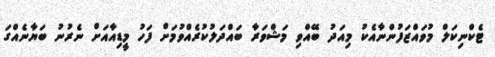
ޓެކްނިކަލް މުވައްޒަފުންނާއެކު މިއަދު ބޭއްވި މަޝްވަރާ ބައްދަލުކުރެއްވުމަށް ފަހު މީޑިއާއަށް ނެރުނު ބަޔާނެއްގަ